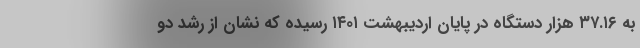
به ۳۷.۱۶ هزار دستگاه در پایان اردیبهشت ۱۴۰۱ رسیده که نشان از رشد دو